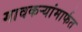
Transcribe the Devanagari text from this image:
गावकर्‍यांमार्फत